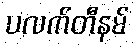
ပလက်တီနမ်